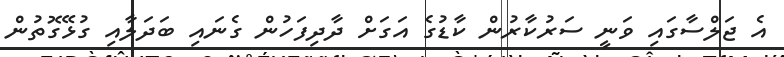
އެ ޖަލްސާގައި ވަނީ ސަރުކާރުން ކާޑުގެ އަގަށް ދާދިފަހުން ގެނައި ބަދަލާއި ގުޅޭގޮތުން